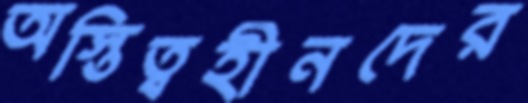
অস্তিত্বহীনদের